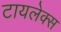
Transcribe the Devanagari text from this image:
टायलेक्स